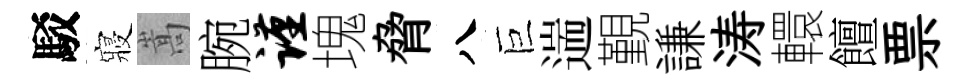
駁寢嵩腕谨塊脅八巨遄覲謙涛轘饘票